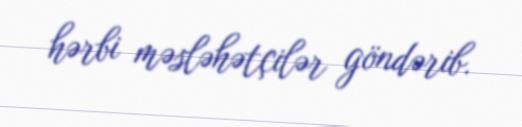
hərbi məsləhətçilər göndərib.